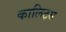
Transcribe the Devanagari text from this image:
कालिट्स